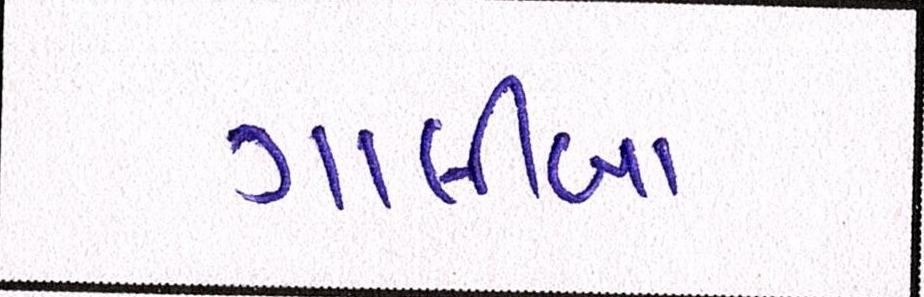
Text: ગાલીબા